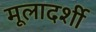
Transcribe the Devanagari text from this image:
मूलादर्शी